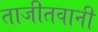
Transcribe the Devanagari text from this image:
ताजीतवानी